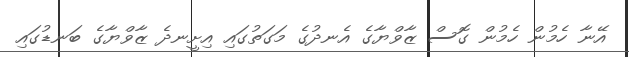
އޭނާ ހެމުން ހެމުން ގޮސް ޒާވްޔާގެ އެނދުގެ މަގަތުގައި އިށީނދެ ޒާވްޔާގެ ބަނޑުގައި